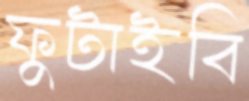
ফুটাইবি